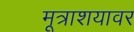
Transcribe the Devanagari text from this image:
मूत्राशयावर